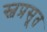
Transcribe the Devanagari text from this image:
स्वप्रसूत